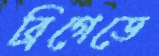
ব্রিগেডে